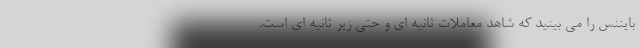
بایننس را می بینید که شاهد معاملات ثانیه ای و حتی زیر ثانیه ای است.